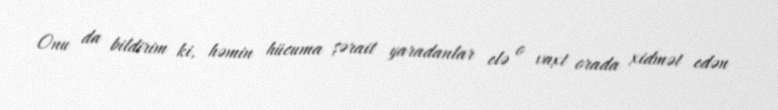
Onu da bildirim ki, həmin hücuma şərait yaradanlar elə o vaxt orada xidmət edən